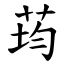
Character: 荺